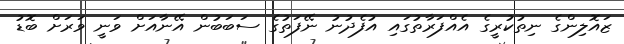
ޒައޮލިންގެ ނިތުކުރީގެ އެއްފަރާތުގައި އުފެދުނު ނޭފަތުގެ ސަބަބުން އޭނާއަށް ވަނީ ވަރަށް ބޮޑު